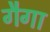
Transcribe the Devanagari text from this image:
गैगा